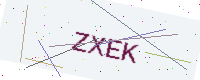
Text: ZXEK